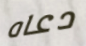
دعاه